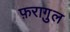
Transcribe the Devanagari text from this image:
फ़रागु़ल